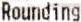
ROUNDING